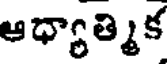
ఆధ్యాత్మిక